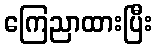
ကြေညာထားပြီး